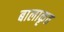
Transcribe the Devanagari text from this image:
बालाकृत